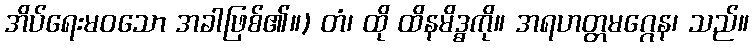
အိပ်ရေးမဝသော အခါဖြစ်၏။) တံ၊ ထို ထိနမိဒ္ဓကို။ အရဟတ္တမဂ္ဂေန၊ သည်။